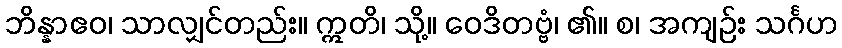
ဘိန္နာဧဝ၊ သာလျှင်တည်း။ ဣတိ၊ သို့။ ဝေဒိတဗ္ဗံ၊ ၏။ စ၊ အကျဉ်း သင်္ဂဟ